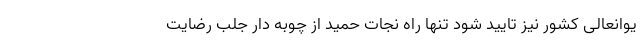
یوانعالی کشور نیز تایید شود تنها راه نجات حمید از چوبه دار جلب رضایت